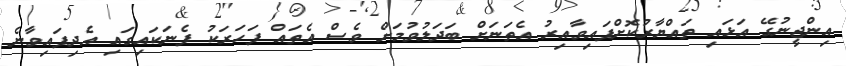
އިންޖީނުގޭ އަޅައި ތައްޔާރުކޮށްފައިވާއިރު އެތަނަށް ބަދަލުވުމަށް ވެސް އެތައް ފަހަރަކު ފެނަކައިގައި އެދިފައިވާނެ